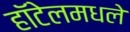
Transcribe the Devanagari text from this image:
हॉटेलमधले